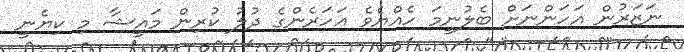
ނަޒަރުން އަހަންނަށް ބެލުނީމަ ހެއްޔެވެ އަހަރެންގެ ދުލު ކުރިން މައީޝާ މި ކިޔެނީ